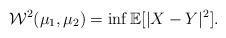
LaTeX: \begin{align*}\mathcal{W}^2(\mu_1,\mu_2) = \inf \mathbb{E}[|X-Y|^2].\end{align*}